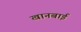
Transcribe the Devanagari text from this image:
खानबाई